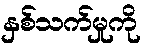
နှစ်သက်မှုကို